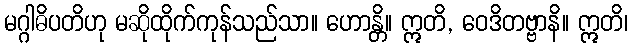
မဂ္ဂါဓိပတိဟု မဆိုထိုက်ကုန်သည်သာ။ ဟောန္တိ။ ဣတိ, ဝေဒိတဗ္ဗာနိ။ ဣတိ၊